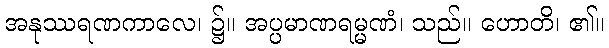
အနုဿရဏကာလေ၊ ၌။ အပ္ပမာဏရမ္မဏံ၊ သည်။ ဟောတိ၊ ၏။